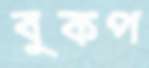
বুকপ